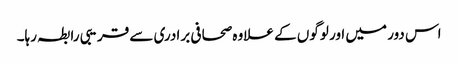
اس دور میں اور لوگوں کے علاوہ صحافی برادری سے قریبی رابطہ رہا۔